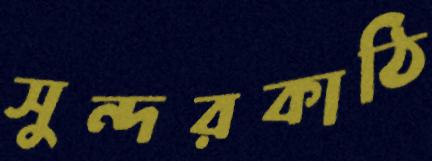
সুন্দরকাঠি